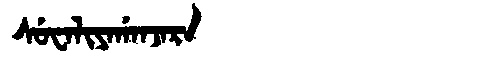
Manchu: ᠰᡠᠸᠠᠯᡳᠶᠠᡤᠠᠨᠵᠠᡵᠠ
Romanization: SUWALIYAGANJARA